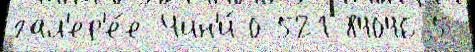
гал'ер'е́е Чин'и́ 0-521-84046-5